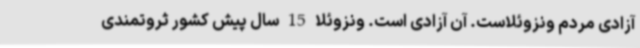
آزادی مردم ونزوئلاست. آن آزادی است. ونزوئلا 15 سال پیش کشور ثروتمندی